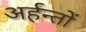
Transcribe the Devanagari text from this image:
अर्हन्तों